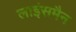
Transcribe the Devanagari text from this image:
लाइंसमैन